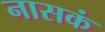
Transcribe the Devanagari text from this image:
नासकं